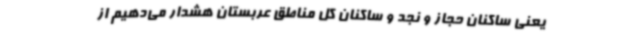
یعنی ساکنان حجاز و نجد و ساکنان کل مناطق عربستان هشدار می‌دهیم از